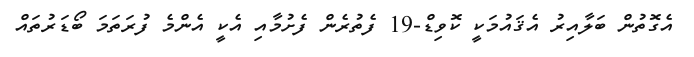
އެގޮތުން ބަލާއިރު އެޤައުމަކީ ކޮވިޑް-19 ފެތުރެން ފެށުމާއި އެކީ އެންމެ ފުރަތަމަ ބޯޑަރުތައް